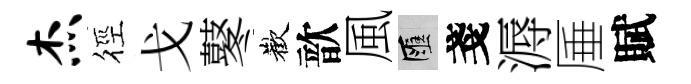
杰徑戈鼕歡歆風匯戔溽厜賦